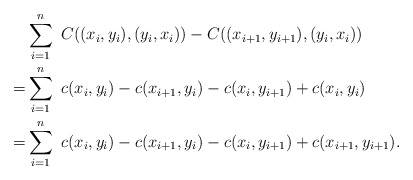
\begin{align*}&\sum_{i=1}^n\ C((x_i,y_i),(y_i,x_i))-C((x_{i+1},y_{i+1}),(y_i,x_i))\\=&\sum_{i=1}^n\ c(x_i,y_i)-c(x_{i+1},y_i)-c(x_i,y_{i+1})+c(x_i,y_i)\\=&\sum_{i=1}^n\ c(x_i,y_i)-c(x_{i+1},y_i)-c(x_i,y_{i+1})+c(x_{i+1},y_{i+1}).\end{align*}